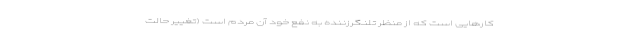
کارهایی است که از منظر تلنگرزننده به نفع خود آن مردم است (تغییر حالت